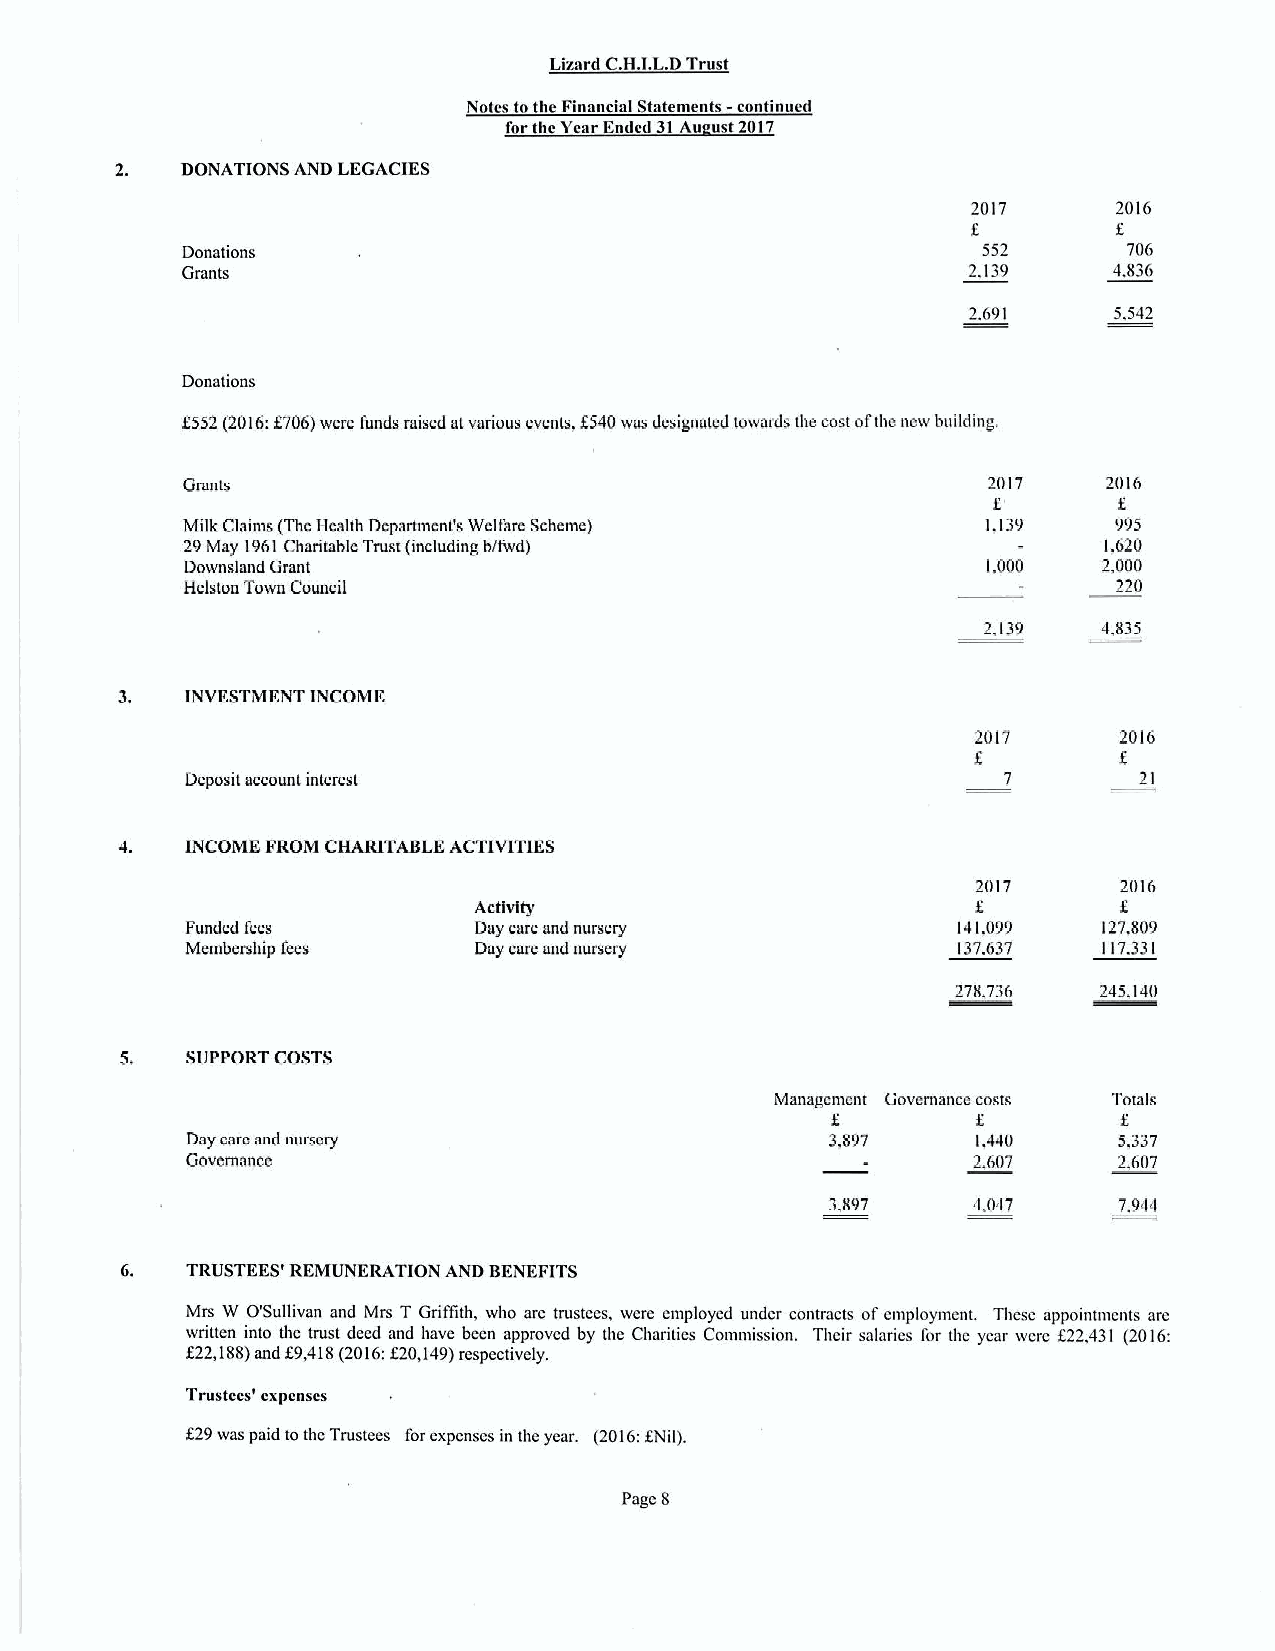
Lizard C.H.LL.DTrust
 Notes tothe Financial Statements —continued
 forthe Year Ended 31Au ust 2017
 2.  DONATIONS AND LEGACIES
 2017      2016
 f.
 Donations                                            552       706
 Grants                                              2,139     4,836
 2.691     5,542
 Donations
 f552 (2016:f706)were I'unde raised atvarious events, f 540was dcsignamd towards the cost oftbe new building.
 Grants                                               2017    2016
 f
 Milk Claims (ThcHealth Department's Welfare Scheme)  1,139    995
 29May 1961Charitable Tmst (including b/fwd)                  1,620
 Dowosland Grant                                      1,000   2,000
 Helston Town Council                                          220
 2,139   4,835
 3.  INVESTMENT INCOME
 2017     2016
 f.
 Deposit account interest                              7        21
 4.  INCOME FRDM CHARITABLE ACTIVITIES
 2017     2016
 f
 Activity
 Funded fees        Day care and nursery            141,099   IZ7,809
 Membership fees    Day care and nursery            137.637   117.331
 278.736   245,140
 5,  SUPPORT COSTS
 Managcmwit Governance costs Totals
 f         I
 Day cere snd nursery                       3,897     1,440    5,337
 Govemaoce                                           2,607     2,607
 3,897    4.047     7.944
 TRUSTEES'REMUNERATION AND RENKFITS
 Mrs W O'Sullivan and Mrs T GriBith, who arc trustees, were employed under contracts ofemployment. These appomtnicnts are
 written into thc trust deed and have been approved by the Charitics Comniission. Tlieir salaries I'or (he year werc f2Z,431 (2016:
 f22,188)and f9,418(2016:E20,149)respectively.
 Trnstecsr cxpcnscs
 E29was paid tothc Trustees forexpcnscs in the year. (2016:ENil).
 Page 8